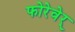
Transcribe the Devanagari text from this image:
फोरेवेर्